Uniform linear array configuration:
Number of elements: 64
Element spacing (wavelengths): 0.25
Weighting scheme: hamming
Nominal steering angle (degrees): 60
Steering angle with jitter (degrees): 60.371
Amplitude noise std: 0.05
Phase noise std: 0.05

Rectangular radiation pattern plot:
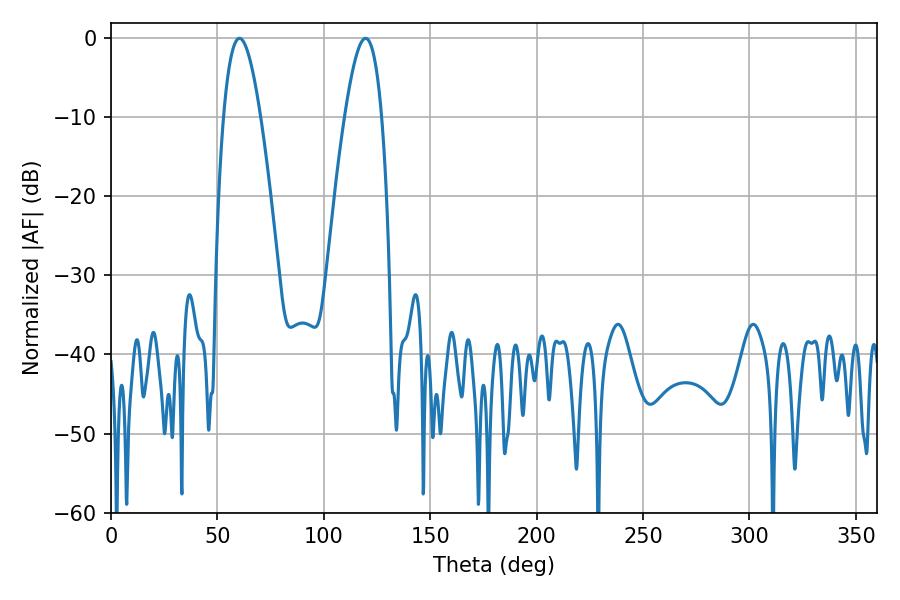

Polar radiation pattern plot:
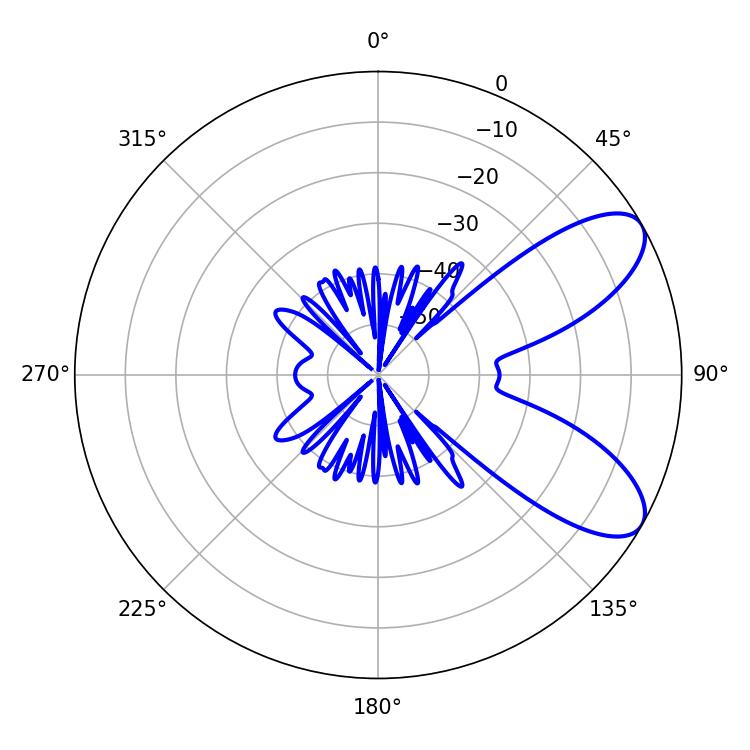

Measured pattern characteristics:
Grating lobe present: FALSE
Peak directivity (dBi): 8.062
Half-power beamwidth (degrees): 9.54
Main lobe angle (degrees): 60.3